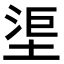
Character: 𣵹